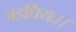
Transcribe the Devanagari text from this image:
जडधियः।।